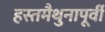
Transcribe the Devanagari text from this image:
हस्तमैथुनापूर्वी